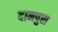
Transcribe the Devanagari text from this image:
दामपुरा